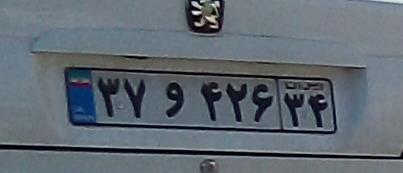
۳۷و۴۲۶۳۴